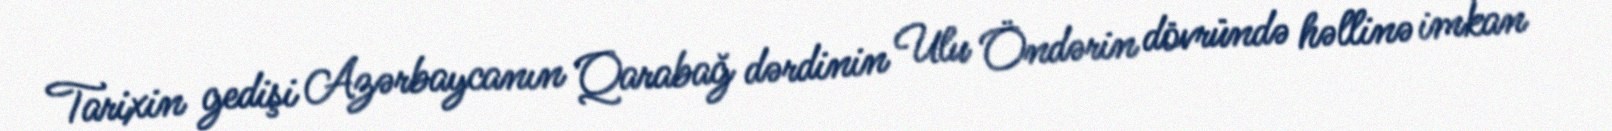
Tarixin gedişi Azərbaycanın Qarabağ dərdinin Ulu Öndərin dövründə həllinə imkan